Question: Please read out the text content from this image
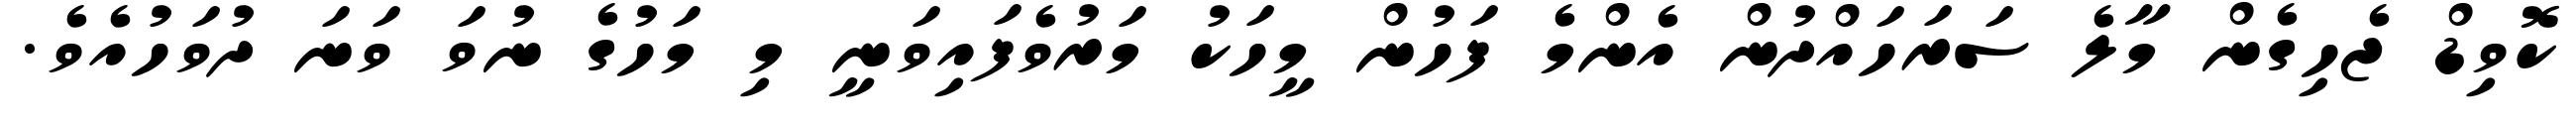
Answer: ކޮވިޑް ޖެހިގެން މާލެ ސަރަހައްދުން އެންމެ ފަހުން މީހަކު މަރުވެފައިވަނީ މި މަހުގެ ނުވަ ވަނަ ދުވަހުއެވެ.